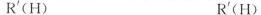
R'(H) R'(H)